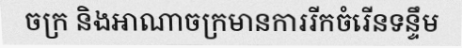
ចក្រ និងអាណាចក្រមានការរីកចំរើនទន្ទឹម